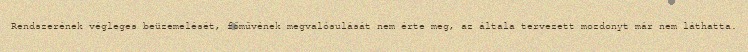
Rendszerének végleges beüzemelését, főművének megvalósulását nem érte meg, az általa tervezett mozdonyt már nem láthatta.